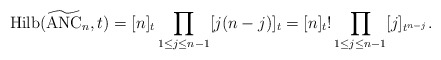
\begin{gather*}{\rm Hilb}({\widetilde {\rm ANC}_{n}},t)= [n]_{t} \prod_{ 1 \le j \le n-1}[j(n-j)]_{t}=[n]_{t}{!}\prod_{1 \le j \le n-1} [j]_{t^{n-j}}.\end{gather*}